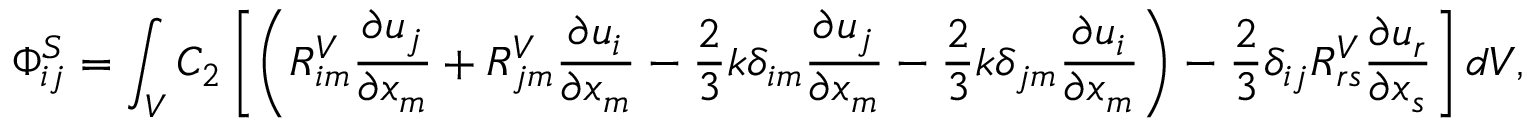
\Phi _ { i j } ^ { S } = \int _ { V } C _ { 2 } \left[ \left( R _ { i m } ^ { V } \frac { \partial u _ { j } } { \partial x _ { m } } + R _ { j m } ^ { V } \frac { \partial u _ { i } } { \partial x _ { m } } - \frac { 2 } { 3 } k \delta _ { i m } \frac { \partial u _ { j } } { \partial x _ { m } } - \frac { 2 } { 3 } k \delta _ { j m } \frac { \partial u _ { i } } { \partial x _ { m } } \right) - \frac { 2 } { 3 } \delta _ { i j } R _ { r s } ^ { V } \frac { \partial u _ { r } } { \partial x _ { s } } \right] d V ,